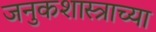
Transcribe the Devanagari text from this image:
जनुकशास्त्राच्या